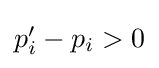
{\textstyle p_{i}'-p_{i}>0}